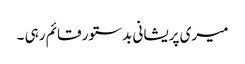
میری پریشانی بد ستور قائم رہی ۔